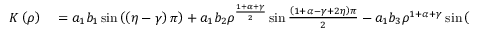
\begin{array} { r l } { K \left( \rho \right) } & { { } = a _ { 1 } b _ { 1 } \sin \left( \left( \eta - \gamma \right) \pi \right) + a _ { 1 } b _ { 2 } \rho ^ { \frac { 1 + \alpha + \gamma } { 2 } } \sin \frac { \left( 1 + \alpha - \gamma + 2 \eta \right) \pi } { 2 } - a _ { 1 } b _ { 3 } \rho ^ { 1 + \alpha + \gamma } \sin \left( \left( \alpha + \eta \right) \pi \right) } \end{array}